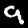
Digit: 9